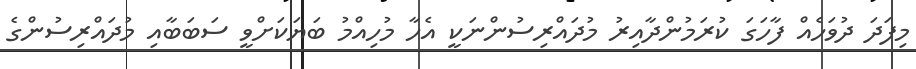
މިފަދަ ދުވަހެއް ފާހަގަ ކުރަމުންދާއިރު މުދައްރިސުންނަކީ އެހާ މުހިއްމު ބަޔަކަށްވީ ސަބަބާއި މުދައްރިސުންގެ